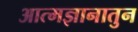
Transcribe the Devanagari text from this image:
आत्मज्ञानातुन